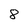
Character: 8